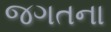
જગતના